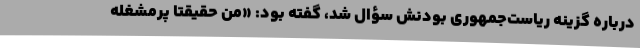
درباره گزینه ریاست‌جمهوری بودنش سؤال شد، گفته بود: «من حقیقتا پرمشغله